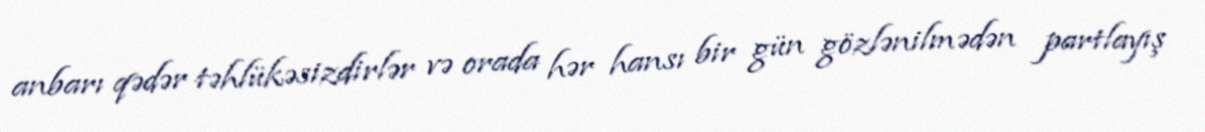
anbarı qədər təhlükəsizdirlər və orada hər hansı bir gün gözlənilmədən partlayış